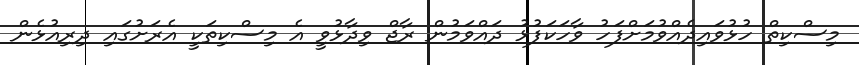
މިސްކިތް ހުޅުވައިދެއްވުމަށްފަހު ވާހަކަފުޅު ދައްވަމުން ރާޖް ވިދާޅުވީ އެ މިސްކިތަކީ އެރަށުގައި ދިރިއުޅެން